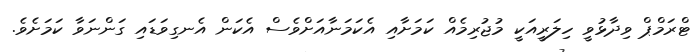
ޓްރަމްޕް ވިދާޅުވީ ހިލަރީއަކީ މުޖުރިމެއް ކަމަށާއި އެކަމަނާއަށްވެސް އެކަން އެނގިވަޑައި ގަންނަވާ ކަމަށެވެ.